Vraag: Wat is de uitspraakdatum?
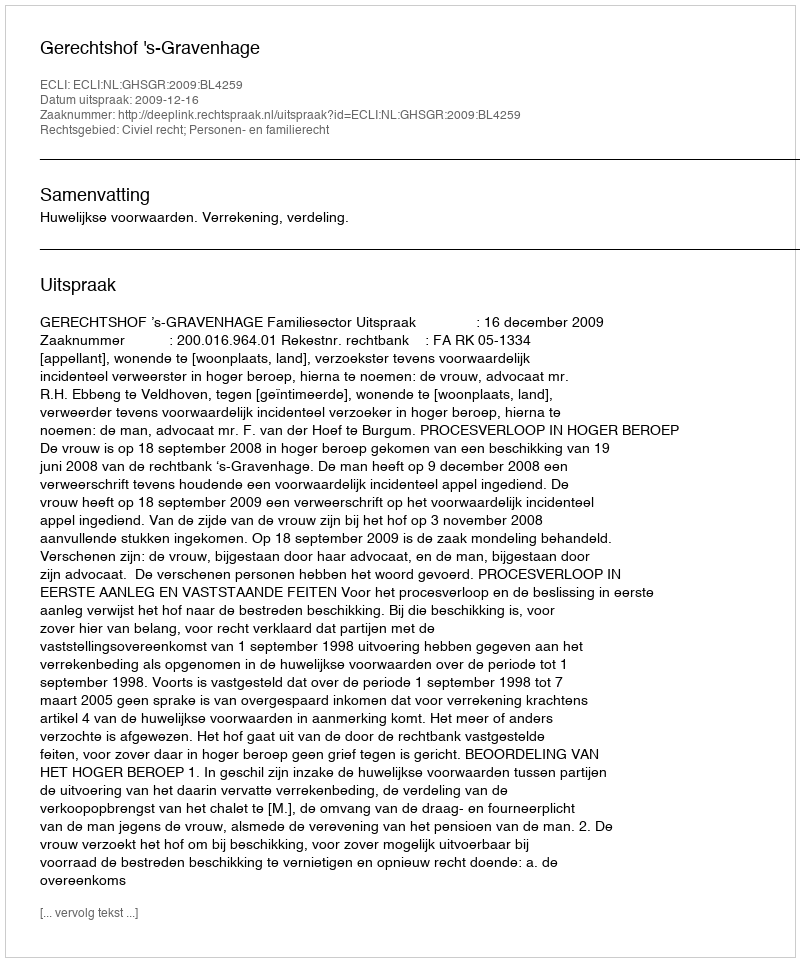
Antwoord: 2009-12-16